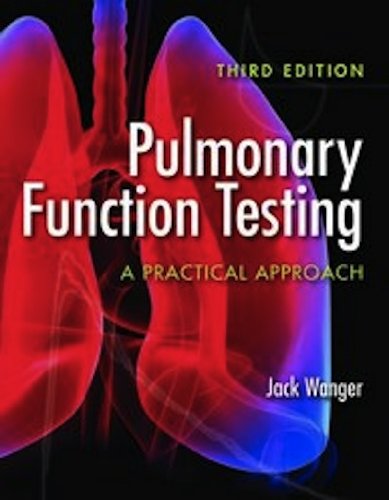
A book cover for Pulmonary Function Testing: A Practical Approach; Jack Wanger; Medical Books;